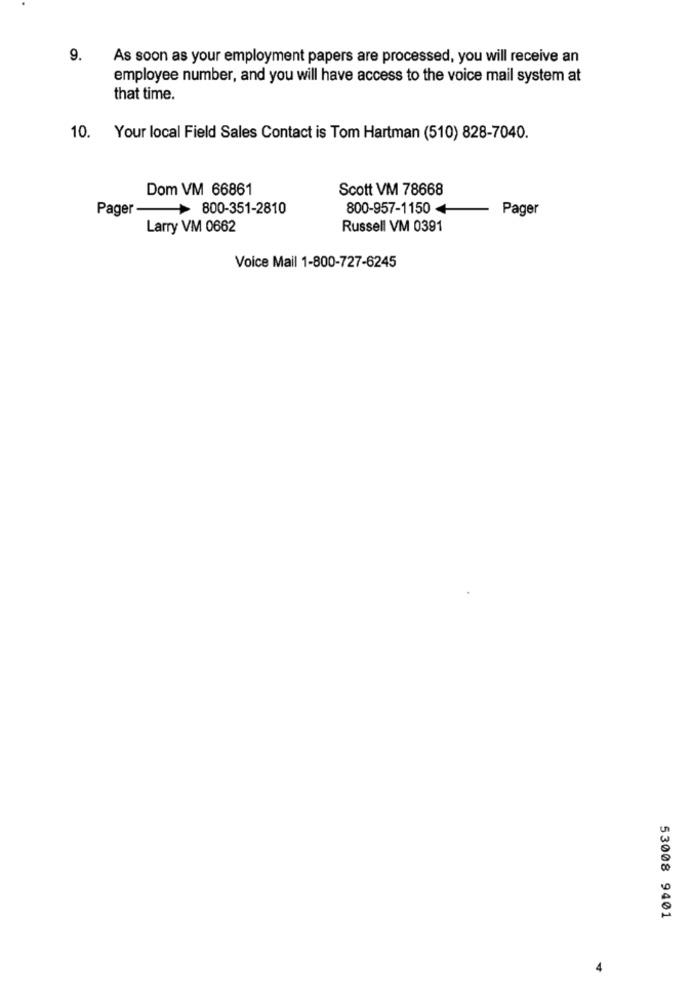
9.
As soon as your employment papers are processed, you will receive an
employee number, and you will have access to the voice mail system at
that time.
10.
Your local Field Sales Contact is Tom Hartman (510) 828-7040.
Dom VM 66861
Scott VM 78668
Pager
800-351-2810
800-957-1150
Pager
Larry VM 0662
Russell VM 0391
Voice Mail 1-800-727-6245
53008 9401
4